Virumaa_algkoolid, lk 72
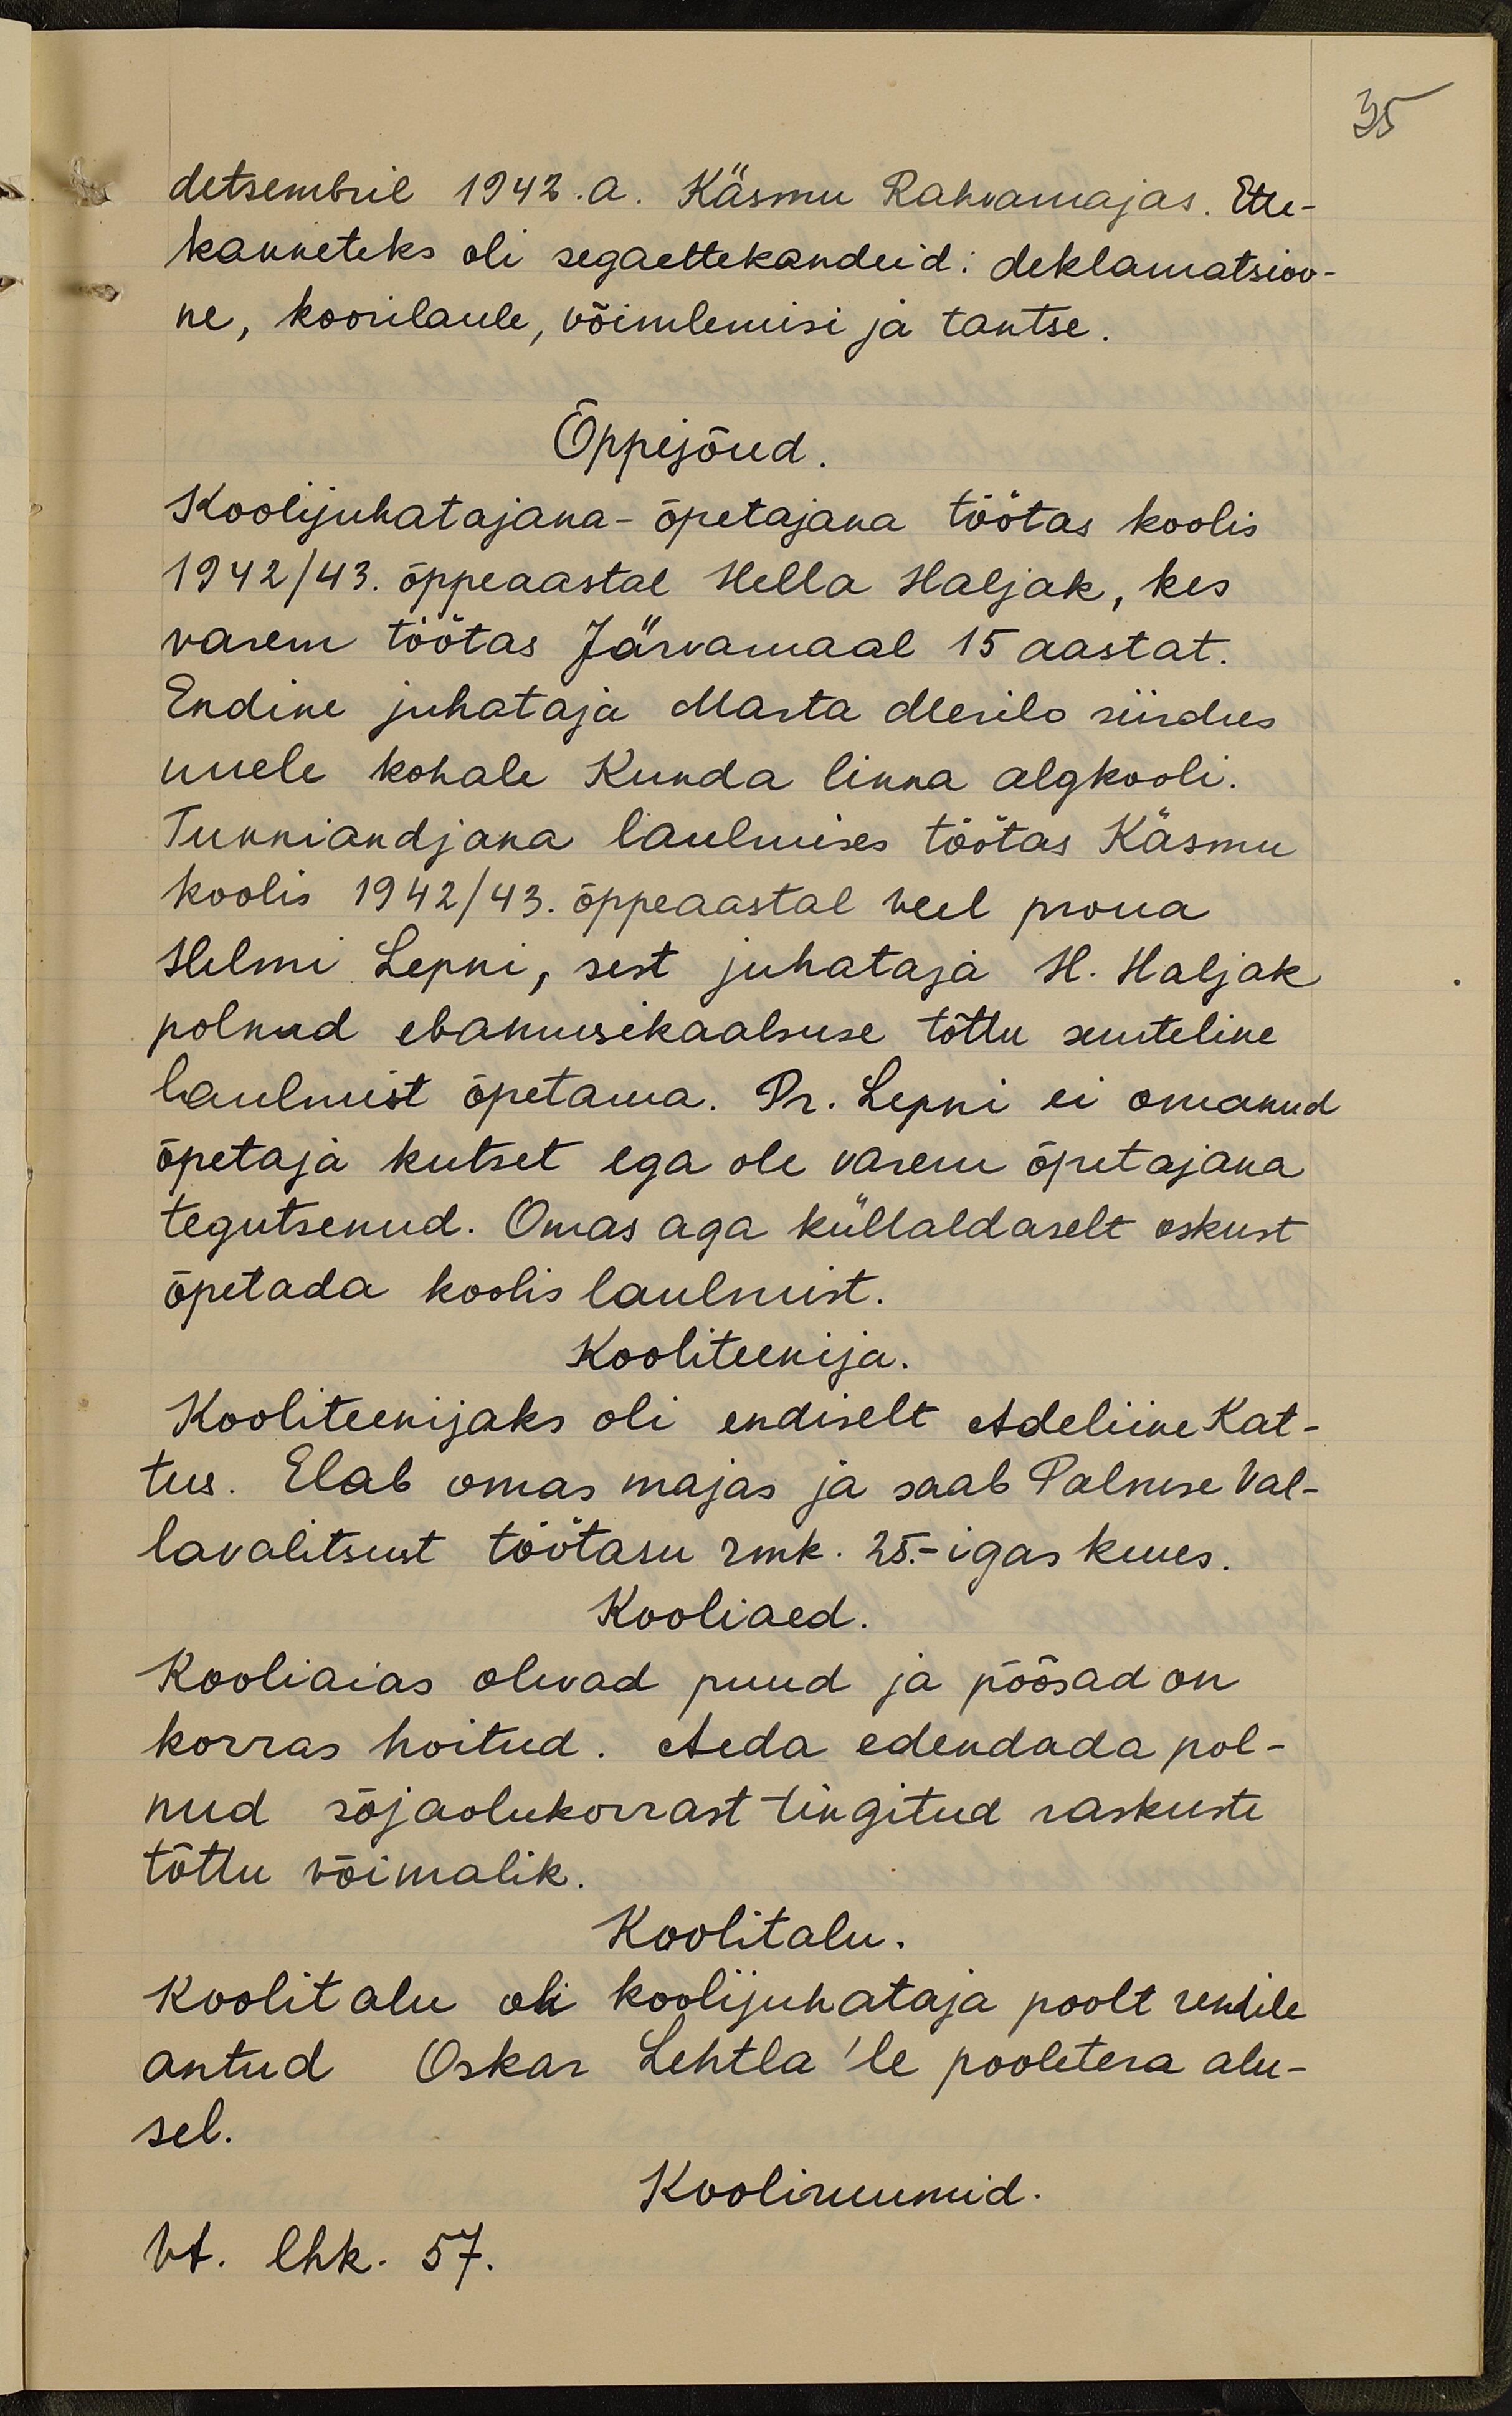
35

detsembril 1942. a. Käsmu Rahvamajas. Ette-
kanneteks oli segaettekandeid: deklamatsioo-
ne, koorilaule, võimlemisi ja tantse.
Õppejõud.
Koolijuhatajana-õpetajana töötas koolis
1942/43. õppeaastal Hella Haljak, kes
varem töötas Järvamaal 15 aastat.
Endine juhataja Marta Merilo siirdus
uuele kohale Kunda linna algkooli.
Tunniandjana laulmises töötas Käsmu
koolis 1942/43. õppeaastal veel proua
Helmi Lepni, sest juhataja H. Haljak
polnud ebamusikaalsuse tõttu suuteline
laulmist õpetama. Pr. Lepni ei omanud
õpetaja kutset ega ole varem õpetajana
tegutsenud. Omas aga küllaldaselt oskust
õpetada koolis laulmist.
Kooliteenija.
Kooliteenijaks oli endiselt Adeliine Kat-
tus. Elab omas majas ja saab Palmse Val-
lavalitsust töötasu rmk. 25.- igas kuus.
Kooliaed.
Kooliaias olevad puud ja põõsad on
korras hoitud. Aeda edendada pol-
nud sõjaolukorrast tingitud raskuste
tõttu võimalik.
Koolitalu.
Koolitalu oli koolijuhataja poolt rendile
antud Oskar Lehtla'le pooletera alu-
sel.
Kooliruumid.
Vt. lhk. 57.